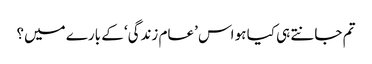
تم جانتے ہی کیا ہو اس ’عام زندگی‘ کے بارے میں؟